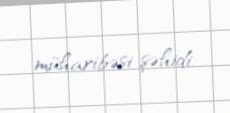
müharibəsi şəhidi.